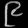
Digit: ၉